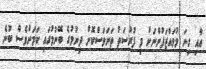
އާއި ގިނަ މުވައްޒަފުންނަށް މި ފުރުސަތު ތަނަވަސްކޮށް ދިނުމުގެ ބޭނުމުގައި ކަމަށްވެސް ބުނެ